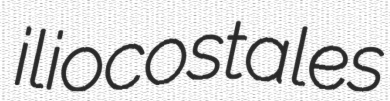
iliocostales